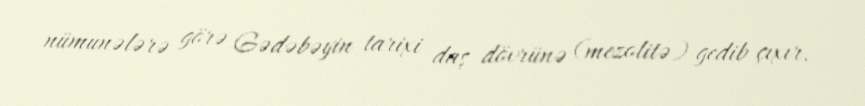
nümunələrə görə Gədəbəyin tarixi daş dövrünə (mezolitə) gedib çıxır.